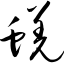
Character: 蜣